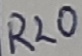
Text: R20